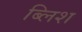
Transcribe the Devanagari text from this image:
ब्लिश